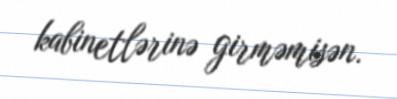
kabinetlərinə girməmisən.